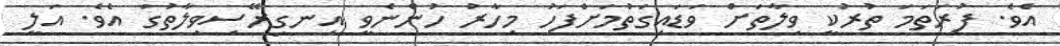
އެވެ. ފުރަތަމަ ތުރުކީ ވިލާތަށް ވަޑައިގަތުމަށްފަހު މިހާރު ހުންނެވީ އިނގިރޭސިވިލާތުގަ އެވެ. އަލީ